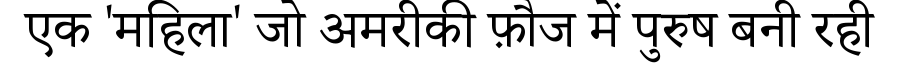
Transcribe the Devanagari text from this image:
एक 'महिला' जो अमरीकी फ़ौज में पुरुष बनी रही